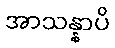
အာသန္နာပိ